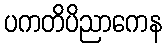
ပကတိပိညာကေန